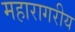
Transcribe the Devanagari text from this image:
महारागरीय